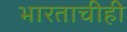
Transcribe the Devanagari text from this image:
भारताचीही